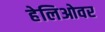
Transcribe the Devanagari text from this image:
हेलिओवर